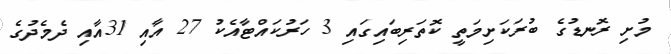
މުށި ރޮނޑުގެ ބުރަކަށިމަތީ ކޮތަރިބައިގައި 3 ހަރުކައްޓާއެކު 27 އާއި 31އާއި ދެމެދުގެ